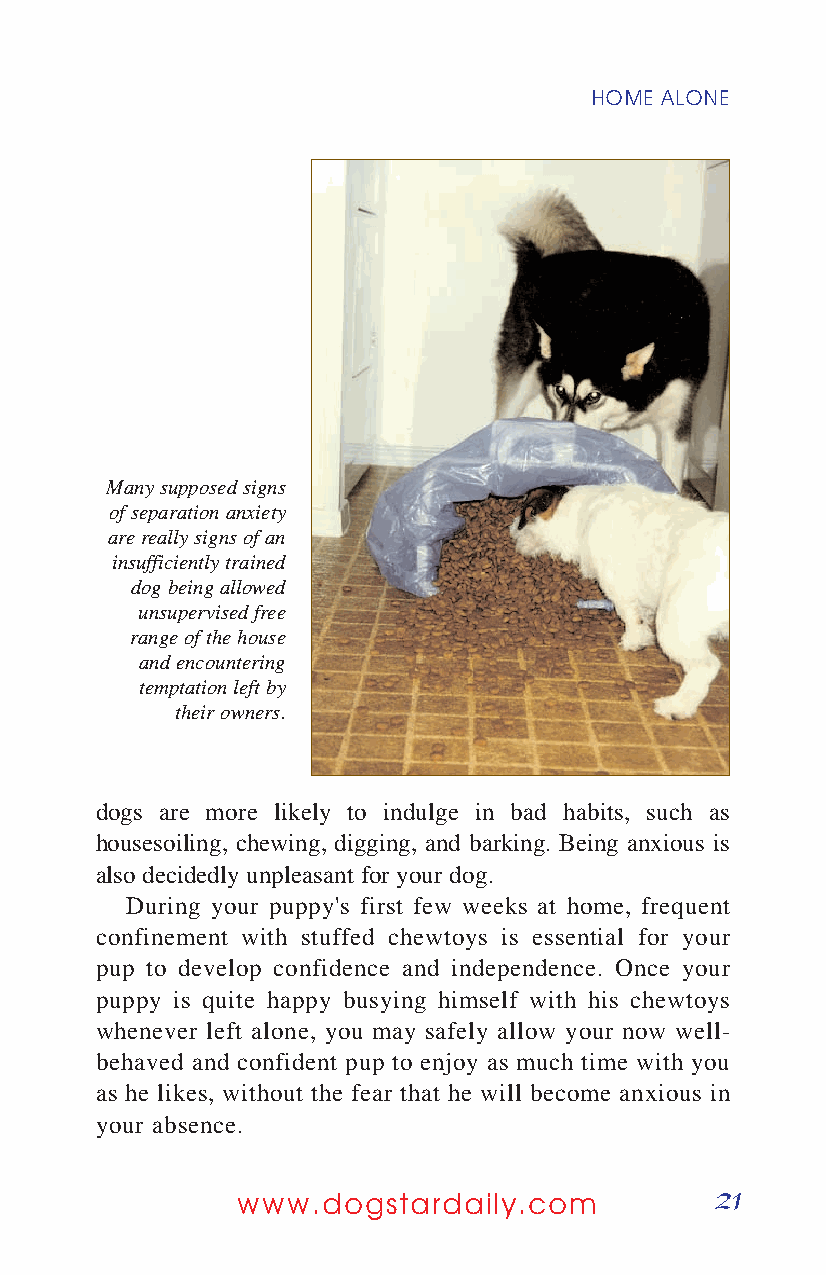
HOME ALONE
 Many supposed signs
 of separation anxiety
 are really signs of an
 insufficiently trained
 dog being allowed
 unsupervised free
 range of the house
 and encountering
 temptation left by
 their owners.
 dogs are more likely to indulge in bad habits, such as
 housesoiling, chewing, digging, and barking. Being anxious is
 also decidedly unpleasant for your dog.
 During your puppy's first few weeks at home, frequent
 confinement with stuffed chewtoys is essential for your
 pup to develop confidence and independence. Once your
 puppy is quite happy busying himself with his chewtoys
 whenever left alone, you may safely allow your now well-
 behaved and confident pup to enjoy as much time with you
 as he likes, without the fear that he will become anxious in
 your absence.
 21
 www.dogstardaily.com